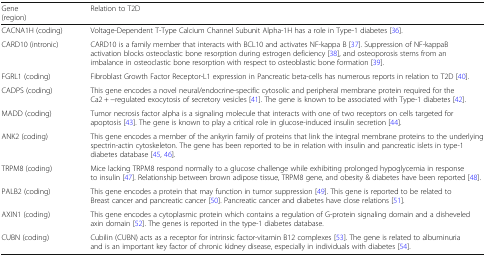
<table><thead><tr><td><b>Gene(region)</b></td><td><b>Relation to T2D</b></td></tr></thead><tbody><tr><td>CACNA1H (coding)</td><td>Voltage-Dependent T-Type Calcium Channel Subunit Alpha-1H has a role in Type-1 diabetes [36].</td></tr><tr><td>CARD10 (intronic)</td><td>CARD10 is a family member that interacts with BCL10 and activates NF-kappa B [37]. Suppression of NF-kappaB activation blocks osteoclastic bone resorption during estrogen deficiency [38], and osteoporosis stems from an imbalance in osteoclastic bone resorption with respect to osteoblastic bone formation [39].</td></tr><tr><td>FGRL1 (coding)</td><td>Fibroblast Growth Factor Receptor-L1 expression in Pancreatic beta-cells has numerous reports in relation to T2D [40].</td></tr><tr><td>CADPS (coding)</td><td>This gene encodes a novel neural/endocrine-specific cytosolic and peripheral membrane protein required for the Ca2 + −regulated exocytosis of secretory vesicles [41]. The gene is known to be associated with Type-1 diabetes [42].</td></tr><tr><td>MADD (coding)</td><td>Tumor necrosis factor alpha is a signaling molecule that interacts with one of two receptors on cells targeted for apoptosis [43]. The gene is known to play a critical role in glucose-induced insulin secretion [44].</td></tr><tr><td>ANK2 (coding)</td><td>This gene encodes a member of the ankyrin family of proteins that link the integral membrane proteins to the underlying spectrin-actin cytoskeleton. The gene has been reported to be in relation with insulin and pancreatic islets in type-1 diabetes database [45, 46].</td></tr><tr><td>TRPM8 (coding)</td><td>Mice lacking TRPM8 respond normally to a glucose challenge while exhibiting prolonged hypoglycemia in response to insulin [47]. Relationship between brown adipose tissue, TRPM8 gene, and obesity &amp; diabetes have been reported [48].</td></tr><tr><td>PALB2 (coding)</td><td>This gene encodes a protein that may function in tumor suppression [49]. This gene is reported to be related to Breast cancer and pancreatic cancer [50]. Pancreatic cancer and diabetes have close relations [51].</td></tr><tr><td>AXIN1 (coding)</td><td>This gene encodes a cytoplasmic protein which contains a regulation of G-protein signaling domain and a disheveled axin domain [52]. The genes is reported in the type-1 diabetes database.</td></tr><tr><td>CUBN (coding)</td><td>Cubilin (CUBN) acts as a receptor for intrinsic factor-vitamin B12 complexes [53]. The gene is related to albuminuria and is an important key factor of chronic kidney disease, especially in individuals with diabetes [54].</td></tr></tbody></table>